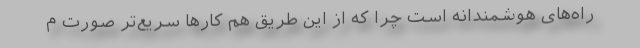
راه‌های هوشمندانه است چرا که از این طریق هم کار‌ها سریع‌تر صورت م